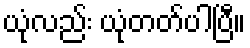
ယုံလည်း ယုံတတ်ပါပြီ။